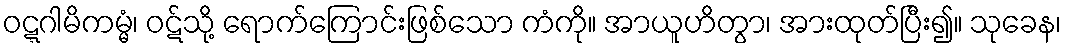
ဝဋ္ဋဂါမိကမ္မံ၊ ဝဋ်သို့ ရောက်ကြောင်းဖြစ်သော ကံကို။ အာယူဟိတွာ၊ အားထုတ်ပြီး၍။ သုခေန၊